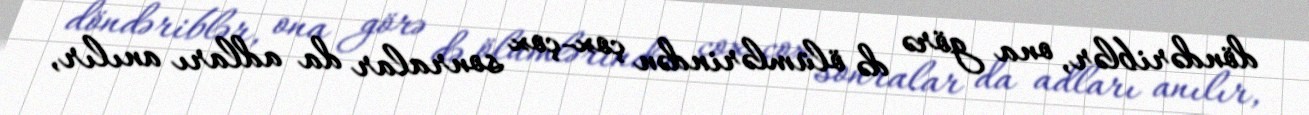
döndəriblər, ona görə də ölümlərindən çox-çox sonralar da adları anılır,